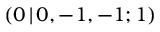
( 0 \, | \, 0 , - 1 , - 1 ; 1 )